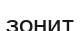
зонит